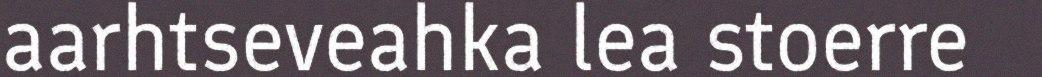
aarhtseveahka lea stoerre